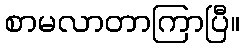
စာမလာတာကြာပြီ။